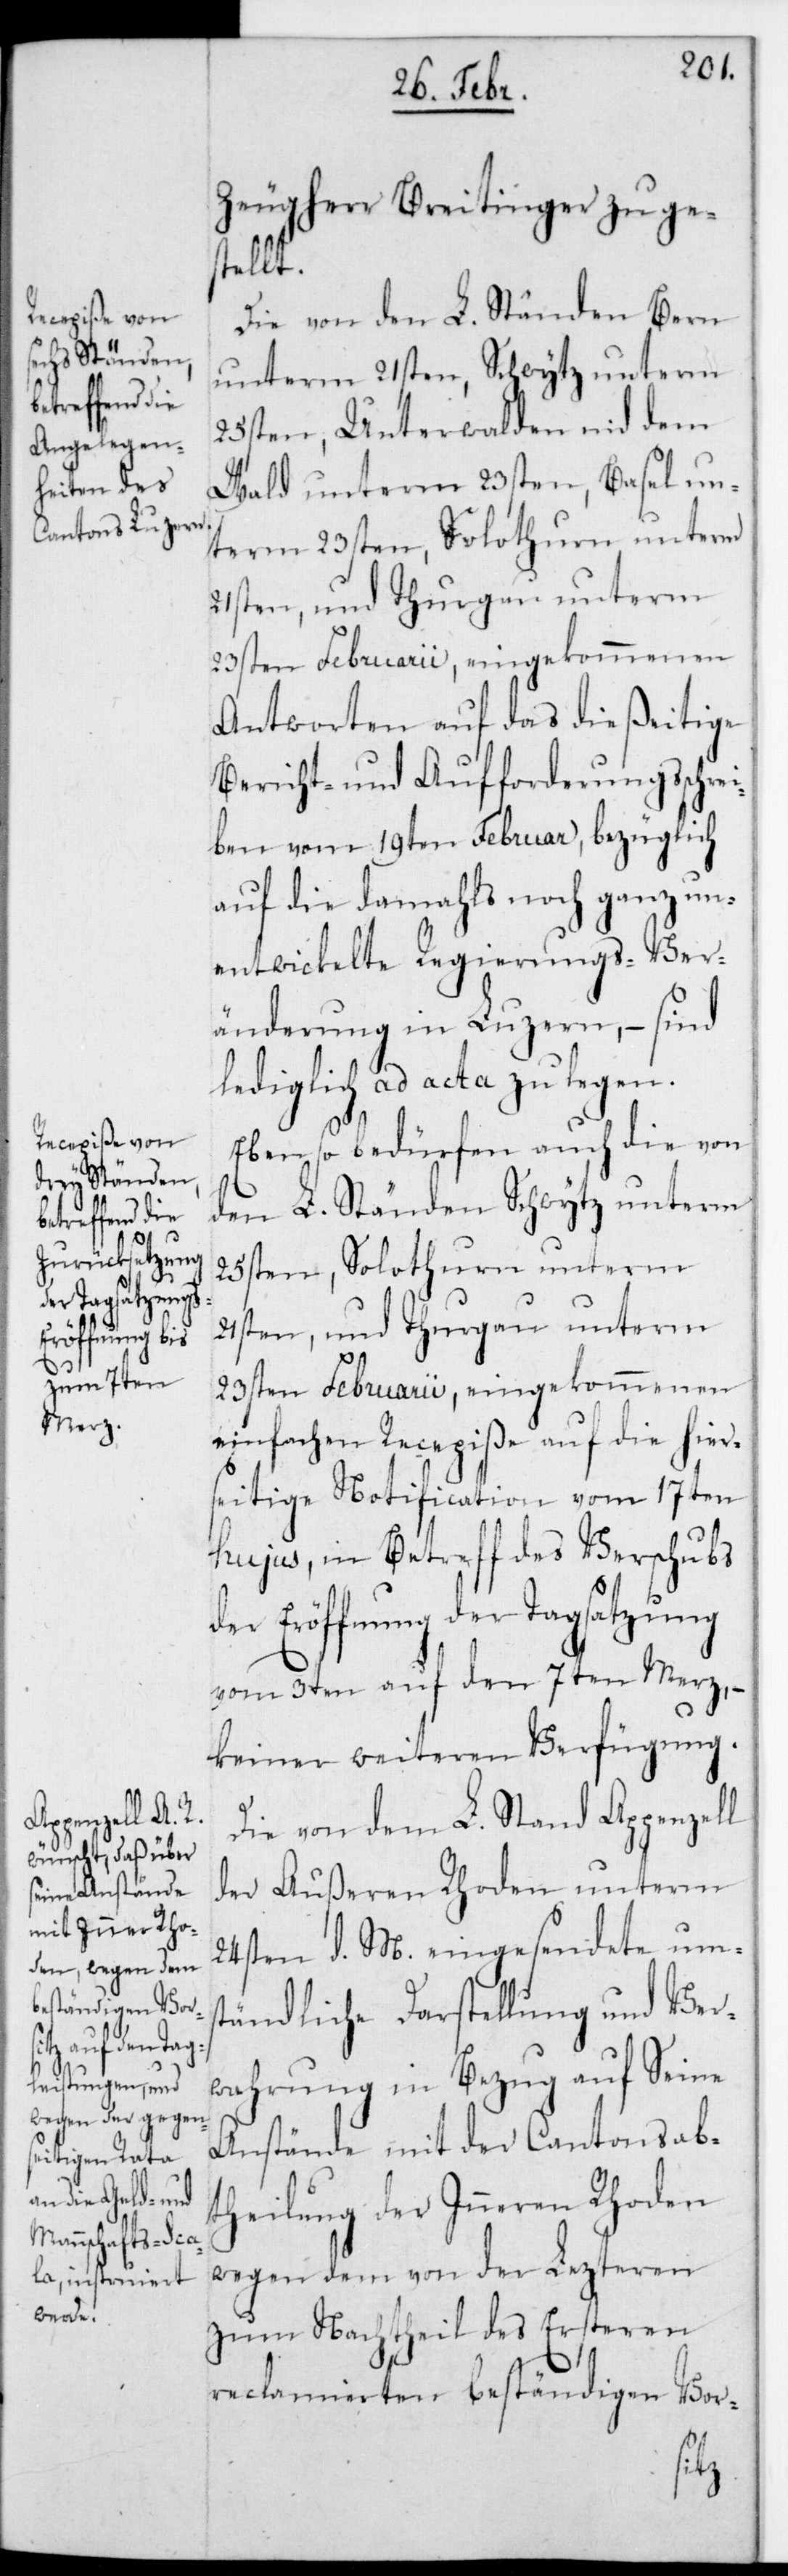
Zeugherr Breitinger zuges¬
tellt.
Die von den L. Ständen Bern
unterm 21sten, Schwytz unterm
25sten, Unterwalden nid dem
Wald unterm 23sten, Basel un¬
term 23sten, Solothurn unterm
21sten und Thurgau unterm
23sten Februarii, eingekommenen
Antworten auf das dießeitige
Bericht- und Aufforderungsschrei¬
ben vom 19ten Februar, bezüglich
auf die damals noch ganz un¬
entwickelte Regierungs-Ver¬
änderung in Luzern, – sind
lediglich ad acta zu legen.
Ebenso bedürfen auch die von
den L. Ständen Schwytz unterm
25sten, Solothurn unterm
23sten Februarii, eingekommenen
einfachen Recepiße auf die hier¬
seitige Notification vom 17ten
hujus, in Betreff des Verschubs
der Eröffnung der Tagsatzung
vm 3ten auf den 7ten Merz, –
keiner weiteren Verfügung.
Die von dem L. Stand Appenzell
der Äußeren Rhoden unterm
24sten d. M. eingesendete ums¬
tändliche Darstellung und Ver¬
wahrung in Bezug auf seine
Anstände mit der Cantonsab¬
theilung der Inneren Rhoden
wegen dem von der Lezteren
zum Nachtheil des Ersteren
reclamierten beständigen Vor-